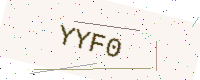
Text: YYF0